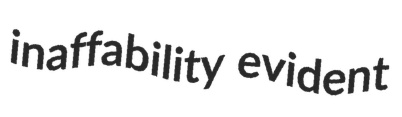
inaffability evident